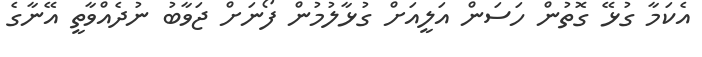
އެކަމާ ގުޅޭ ގޮތުން ހަސަން އަލީއަށް ގުޅާލުމުން ފޯނަށް ޖަވާބު ނުދެއްވާތީ އޭނާގެ